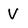
Character: v